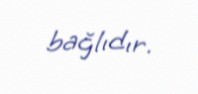
bağlıdır.